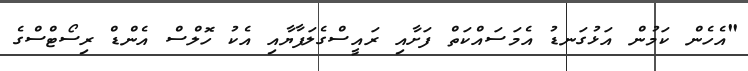
"އެހެން ކަމުން އަޅުގަނޑު އެމަސައްކަތް ފަށާއި ރައީސްގެލަފާޔާއި އެކު ހޮލްސް އެންޑް ރިސޯޓްސްގެ